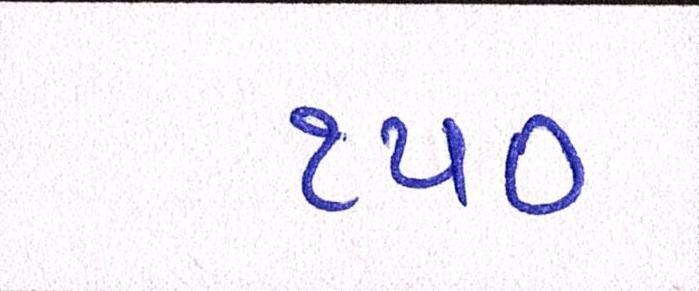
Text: ૧૫૦